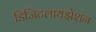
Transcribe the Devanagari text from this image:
डिजिटलायझेशन